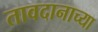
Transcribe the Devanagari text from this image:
तावदानाच्या